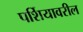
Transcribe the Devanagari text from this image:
पर्शियावरील